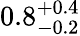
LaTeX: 0.8_{-0.2}^{+0.4}